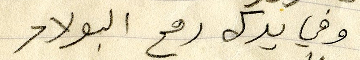
وفي يدك رمح البولاد